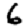
Digit: 6